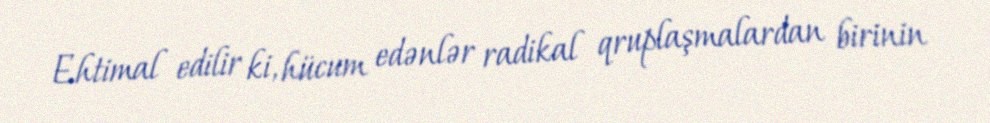
Ehtimal edilir ki, hücum edənlər radikal qruplaşmalardan birinin